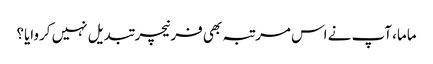
ماما، آپ نے اس مرتبہ بھی فرنیچر تبدیل نہیں کروایا؟